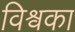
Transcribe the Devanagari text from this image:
विश्वका